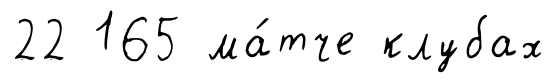
22 165 ма́тче клубах